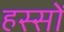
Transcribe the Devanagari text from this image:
हस्सों